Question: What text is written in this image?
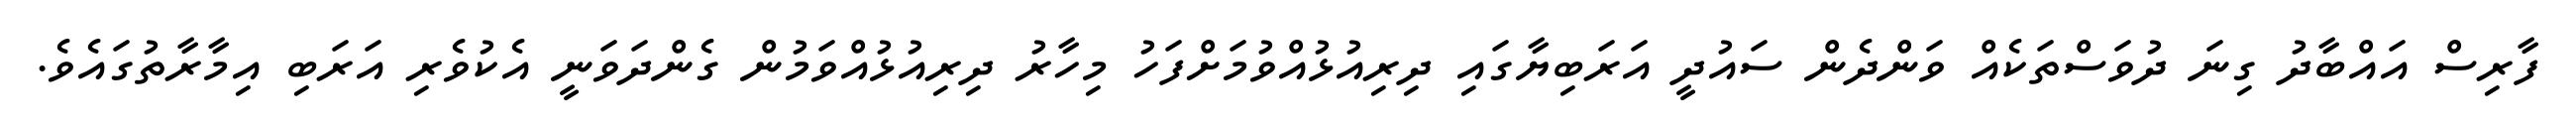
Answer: ފާރިސް އައްބާދު ގިނަ ދުވަސްތަކެއް ވަންދެން ސައުދީ އަރަބިޔާގައި ދިރިއުޅުއްވުމަށްފަހު މިހާރު ދިރިއުޅުއްވަމުން ގެންދަވަނީ އެކުވެރި އަރަބި އިމާރާތުގައެވެ.